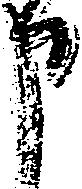
申